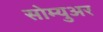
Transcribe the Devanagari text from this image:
सोम्युअर